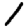
Digit: 1